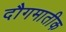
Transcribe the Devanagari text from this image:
दौगमातीक